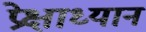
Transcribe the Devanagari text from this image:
प्रेक्षाध्यान